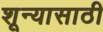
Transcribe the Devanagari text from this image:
शून्यासाठी